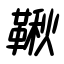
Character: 鞦